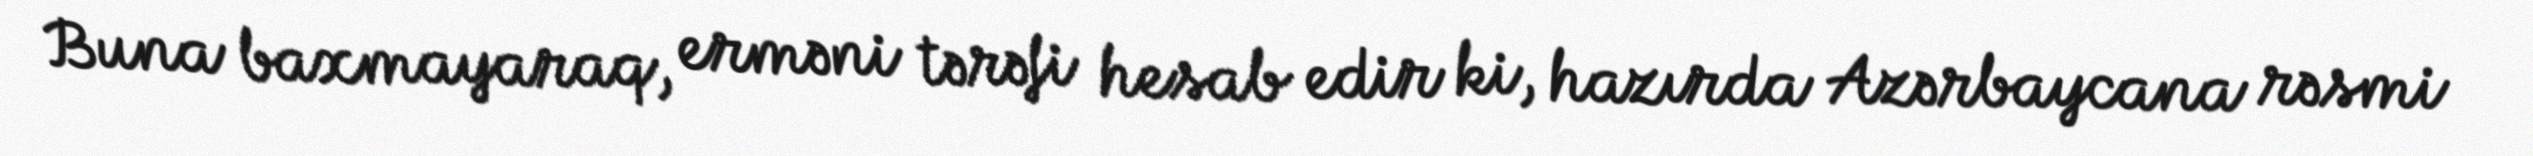
Buna baxmayaraq, erməni tərəfi hesab edir ki, hazırda Azərbaycana rəsmi